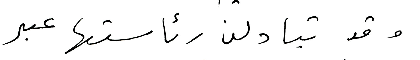
وقد تبادلن رئاستها عبر